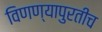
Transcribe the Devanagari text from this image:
विणण्यापुरतीच